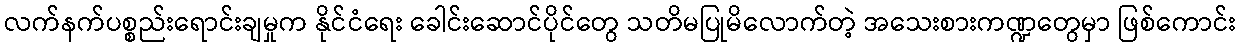
လက်နက်ပစ္စည်းရောင်းချမှုက နိုင်ငံရေး ခေါင်းဆောင်ပိုင်တွေ သတိမပြုမိလောက်တဲ့ အသေးစားကဏ္ဍတွေမှာ ဖြစ်ကောင်း